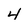
Character: 4